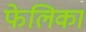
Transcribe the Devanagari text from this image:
फेलिका